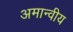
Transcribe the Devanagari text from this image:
अमान्वीय